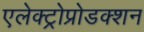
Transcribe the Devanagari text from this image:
एलेक्ट्रोप्रोडक्शन